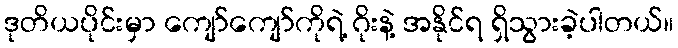
ဒုတိယပိုင်းမှာ ကျော်ကျော်ကိုရဲ့ ဂိုးနဲ့ အနိုင်ရ ရှိသွားခဲ့ပါတယ်။